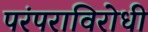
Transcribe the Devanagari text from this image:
परंपराविरोधी